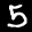
Digit: 5